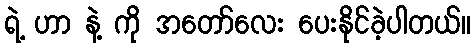
ရဲ့ ဟာ နဲ့ ကို အတော်လေး ပေးနိုင်ခဲ့ပါတယ်။